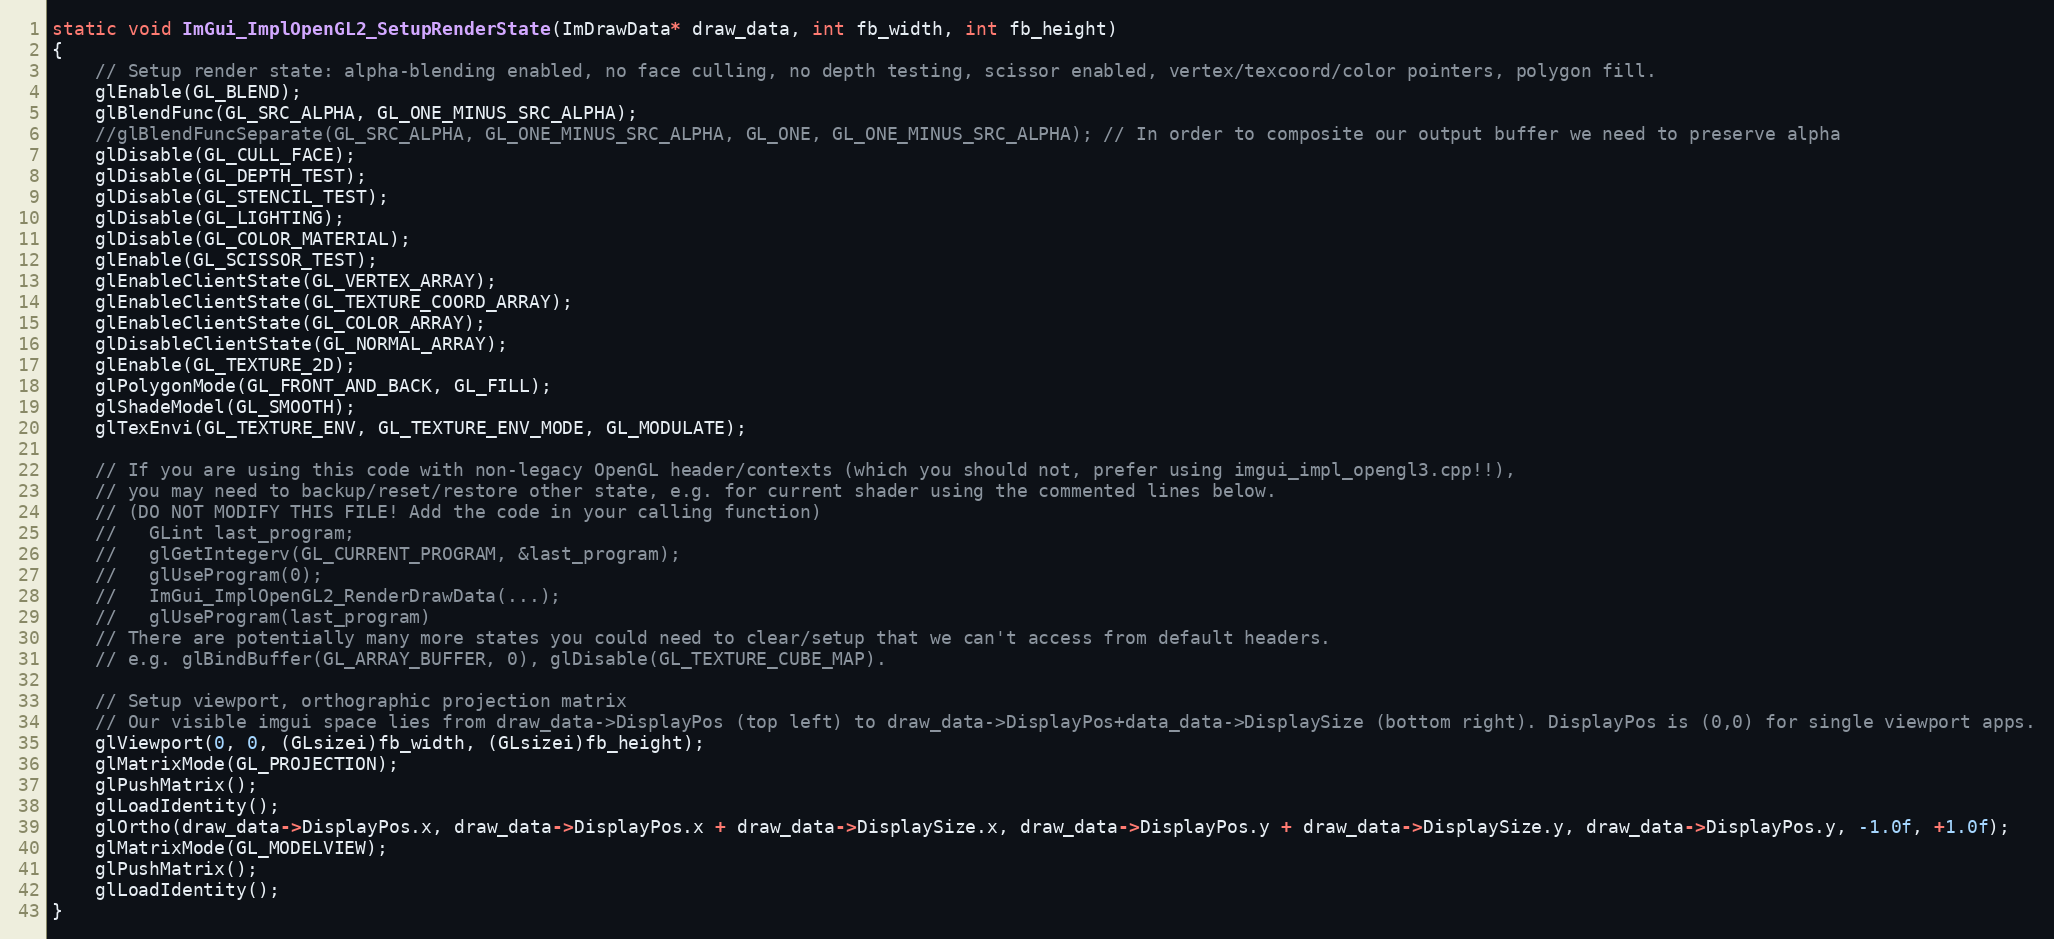
Language: C++
static void ImGui_ImplOpenGL2_SetupRenderState(ImDrawData* draw_data, int fb_width, int fb_height)
{
    // Setup render state: alpha-blending enabled, no face culling, no depth testing, scissor enabled, vertex/texcoord/color pointers, polygon fill.
    glEnable(GL_BLEND);
    glBlendFunc(GL_SRC_ALPHA, GL_ONE_MINUS_SRC_ALPHA);
    //glBlendFuncSeparate(GL_SRC_ALPHA, GL_ONE_MINUS_SRC_ALPHA, GL_ONE, GL_ONE_MINUS_SRC_ALPHA); // In order to composite our output buffer we need to preserve alpha
    glDisable(GL_CULL_FACE);
    glDisable(GL_DEPTH_TEST);
    glDisable(GL_STENCIL_TEST);
    glDisable(GL_LIGHTING);
    glDisable(GL_COLOR_MATERIAL);
    glEnable(GL_SCISSOR_TEST);
    glEnableClientState(GL_VERTEX_ARRAY);
    glEnableClientState(GL_TEXTURE_COORD_ARRAY);
    glEnableClientState(GL_COLOR_ARRAY);
    glDisableClientState(GL_NORMAL_ARRAY);
    glEnable(GL_TEXTURE_2D);
    glPolygonMode(GL_FRONT_AND_BACK, GL_FILL);
    glShadeModel(GL_SMOOTH);
    glTexEnvi(GL_TEXTURE_ENV, GL_TEXTURE_ENV_MODE, GL_MODULATE);

    // If you are using this code with non-legacy OpenGL header/contexts (which you should not, prefer using imgui_impl_opengl3.cpp!!),
    // you may need to backup/reset/restore other state, e.g. for current shader using the commented lines below.
    // (DO NOT MODIFY THIS FILE! Add the code in your calling function)
    //   GLint last_program;
    //   glGetIntegerv(GL_CURRENT_PROGRAM, &last_program);
    //   glUseProgram(0);
    //   ImGui_ImplOpenGL2_RenderDrawData(...);
    //   glUseProgram(last_program)
    // There are potentially many more states you could need to clear/setup that we can't access from default headers.
    // e.g. glBindBuffer(GL_ARRAY_BUFFER, 0), glDisable(GL_TEXTURE_CUBE_MAP).

    // Setup viewport, orthographic projection matrix
    // Our visible imgui space lies from draw_data->DisplayPos (top left) to draw_data->DisplayPos+data_data->DisplaySize (bottom right). DisplayPos is (0,0) for single viewport apps.
    glViewport(0, 0, (GLsizei)fb_width, (GLsizei)fb_height);
    glMatrixMode(GL_PROJECTION);
    glPushMatrix();
    glLoadIdentity();
    glOrtho(draw_data->DisplayPos.x, draw_data->DisplayPos.x + draw_data->DisplaySize.x, draw_data->DisplayPos.y + draw_data->DisplaySize.y, draw_data->DisplayPos.y, -1.0f, +1.0f);
    glMatrixMode(GL_MODELVIEW);
    glPushMatrix();
    glLoadIdentity();
}